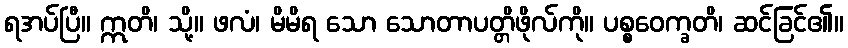
ရအပ်ပြီ။ ဣတိ၊ သို့။ ဖလံ၊ မိမိရ သော သောတာပတ္တိဖိုလ်ကို။ ပစ္စဝေက္ခတိ၊ ဆင်ခြင်၏။